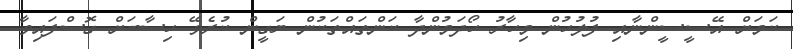
ކަމަށް އޭސީސީންނާއި ފުލުހުން މިހާރު ހޯދަމުންދާ ކަންތައްތަކުން ޔަގީން ކުރެވޭ ހިސާބަށް ގޮސްފައިވާ